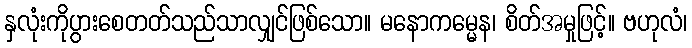
နှလုံးကိုပွားစေတတ်သည်သာလျှင်ဖြစ်သော။ မနောကမ္မေန၊ စိတ်အမှုဖြင့်။ ဗဟုလံ၊